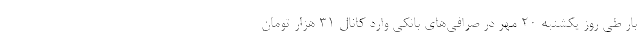
بار طی روز یکشنبه 20 مهر در صرافی‌های بانکی وارد کانال 31 هزار تومان